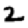
Digit: 2